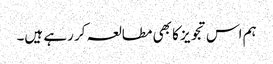
ہم اس تجویز کا بھی مطالعہ کر رہے ہیں۔